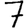
Digit: 7